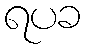
ရပခ